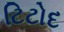
ટિટોદ